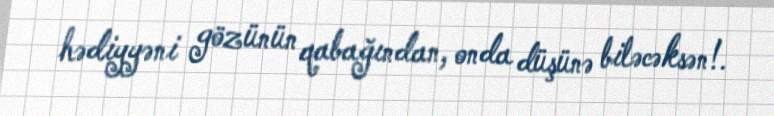
hədiyyəni gözünün qabağından, onda düşünə biləcəksən!.